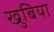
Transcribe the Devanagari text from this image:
खुबिया